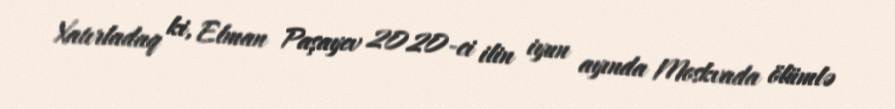
Xatırladaq ki, Elman Paşayev 2020-ci ilin iyun ayında Moskvada ölümlə